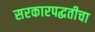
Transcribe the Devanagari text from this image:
सरकारपद्धतीचा